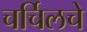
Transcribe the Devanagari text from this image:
चर्चिलचे